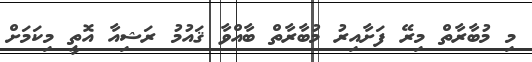
މި މުބާރާތް މިރޭ ފަށާއިރު މުބާރާތް ބާއްވާ ޤައުމު ރަޝިއާ އޮތީ މިކަމަށް